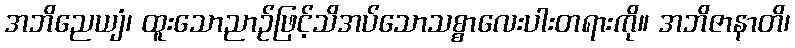
အဘိညေယျံ၊ ထူးသောညာဉ်ဖြင့်သိအပ်သောသစ္စာလေးပါးတရားကို။ အဘိဇာနာတိ၊